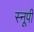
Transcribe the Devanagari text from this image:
स्नूपी